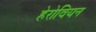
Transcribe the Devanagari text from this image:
हेरोवियन